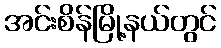
အင်းစိန်မြို့နယ်တွင်